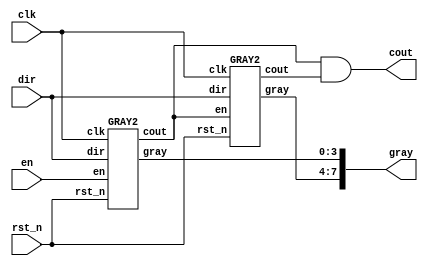
module lab2_2(clk, rst_n, en, dir, gray, cout); 
	input clk, rst_n, en, dir; 
	output [7:0] gray;
	output cout;
	
    wire c1, c2;
	
	GRAY2 b1(clk, rst_n, en, dir, gray[3:0], c1);
    GRAY2 b2(clk, rst_n, c1, dir, gray[7:4], c2);
	and a1(cout, c1, c2);
	
endmodule


module GRAY(in, en, dir, gray, cout);
	input en, dir;
	input [3:0]in;
	output wire [3:0]gray;
	output cout;
	
	wire [3:0]Din;
	reg [3:0]Dout;
	reg cout;
	
	change_b c1(in, Din);
    
	always@(*)begin
        Dout = 4'b0000;
        if (en == 1'b0)
            Dout = Din;
        else if (en == 1'b1) begin
            if (dir == 1'b1) begin
                if (Din < 4'b1111)
                    Dout = Din+4'b0001;
            end else begin
                if (Din > 4'b0000)
                    Dout = Din-4'b0001;
                else if (Din == 4'b0000)
                    Dout = 4'b1111;
            end
        end
    end
	
	always@(*)begin
       cout = 1'b0;
       if (en == 1'b1)begin
           if (dir == 1'b1 && Din == 4'b1111)
               cout = 1'b1;
           else if (dir == 1'b0 && Din == 4'b0000)
               cout = 1'b1;
       end
    end
    
    change_g c2(Dout, gray);
    
endmodule

module GRAY2(clk, rst_n, en, dir, gray, cout);
    	input  clk,rst_n ,en,dir;
        output reg [3:0]gray;
        output cout;
        wire     [3:0] out;

        GRAY g0(gray, en, dir, out, cout);

        always @(negedge rst_n or negedge clk) begin
            if (!rst_n) begin
                gray <= 4'b0;
            end else begin
                gray <= out;
            end    
        end
		
endmodule

module change_g(in, out);
    input [3:0]in;
    output reg [3:0]out;
	
    always@(*)begin
        case(in)
            4,5,6,7,8,9,10,11: out[2] = 1'b1 ;
            default: out[2] = 1'b0 ;     
        endcase
        case(in)     
            2,3,4,5,10,11,12,13: out[1] = 1'b1;
            default: out[1] = 1'b0;
        endcase
        case(in)
            1,2,5,6,9,10,13,14 : out[0] = 1'b1;
            default: out[0] = 1'b0;
        endcase
        out[3] = in[3];
    end
	
endmodule

module change_b(in, out);
    input [3:0]in;
    output [3:0]out;
	
    wire t1, t2, t3;
	
    assign out[3]=in[3];
    xor x1(t1, out[3], in[2]);
    assign out[2]=t1;
    xor x2(t2, out[2], in[1]);
    assign out[1]=t2;
    xor x3(t3, out[1], in[0]);
    assign out[0]=t3;
	
endmodule